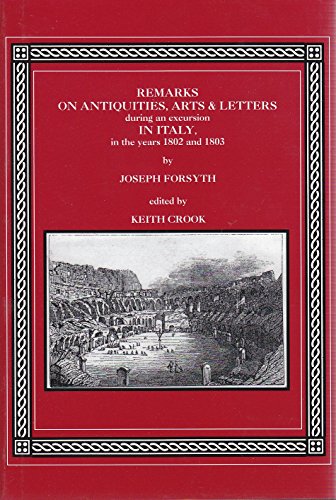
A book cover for Remarks on Antiquities, Arts, and Letters During an Excursion in Italy, in the Years 1802 and 1803; Joseph Forsyth; Travel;